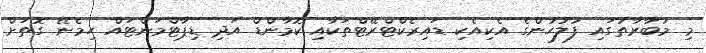
މި މުބާރާތުގައި ފުލުހުންގެ އެކިއެކި ޑައިރެކްޓްރޭޓްތަކާއި ކޮމާންޑް އަދި ޑިޕާޓްމަންޓައް ހިމެނޭ ގޮތަށް